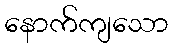
နောက်ကျသော